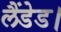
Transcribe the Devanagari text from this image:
लैंडेड।